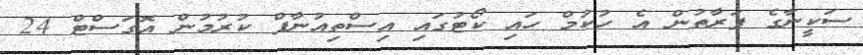
ސަކީނާގެ ފަރާތުން އެ ހުކުމް ހައި ކޯޓުގައި އިސްތިއުނާފް ކުރުމުން އޮގަސްޓް 24